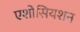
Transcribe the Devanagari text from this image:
एशोसियशन